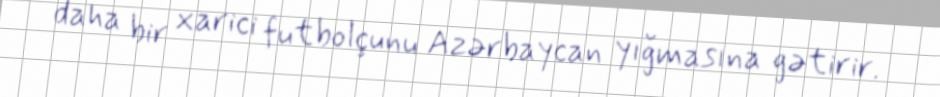
daha bir xarici futbolçunu Azərbaycan yığmasına gətirir.